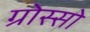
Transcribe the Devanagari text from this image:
ग्रोस्सो